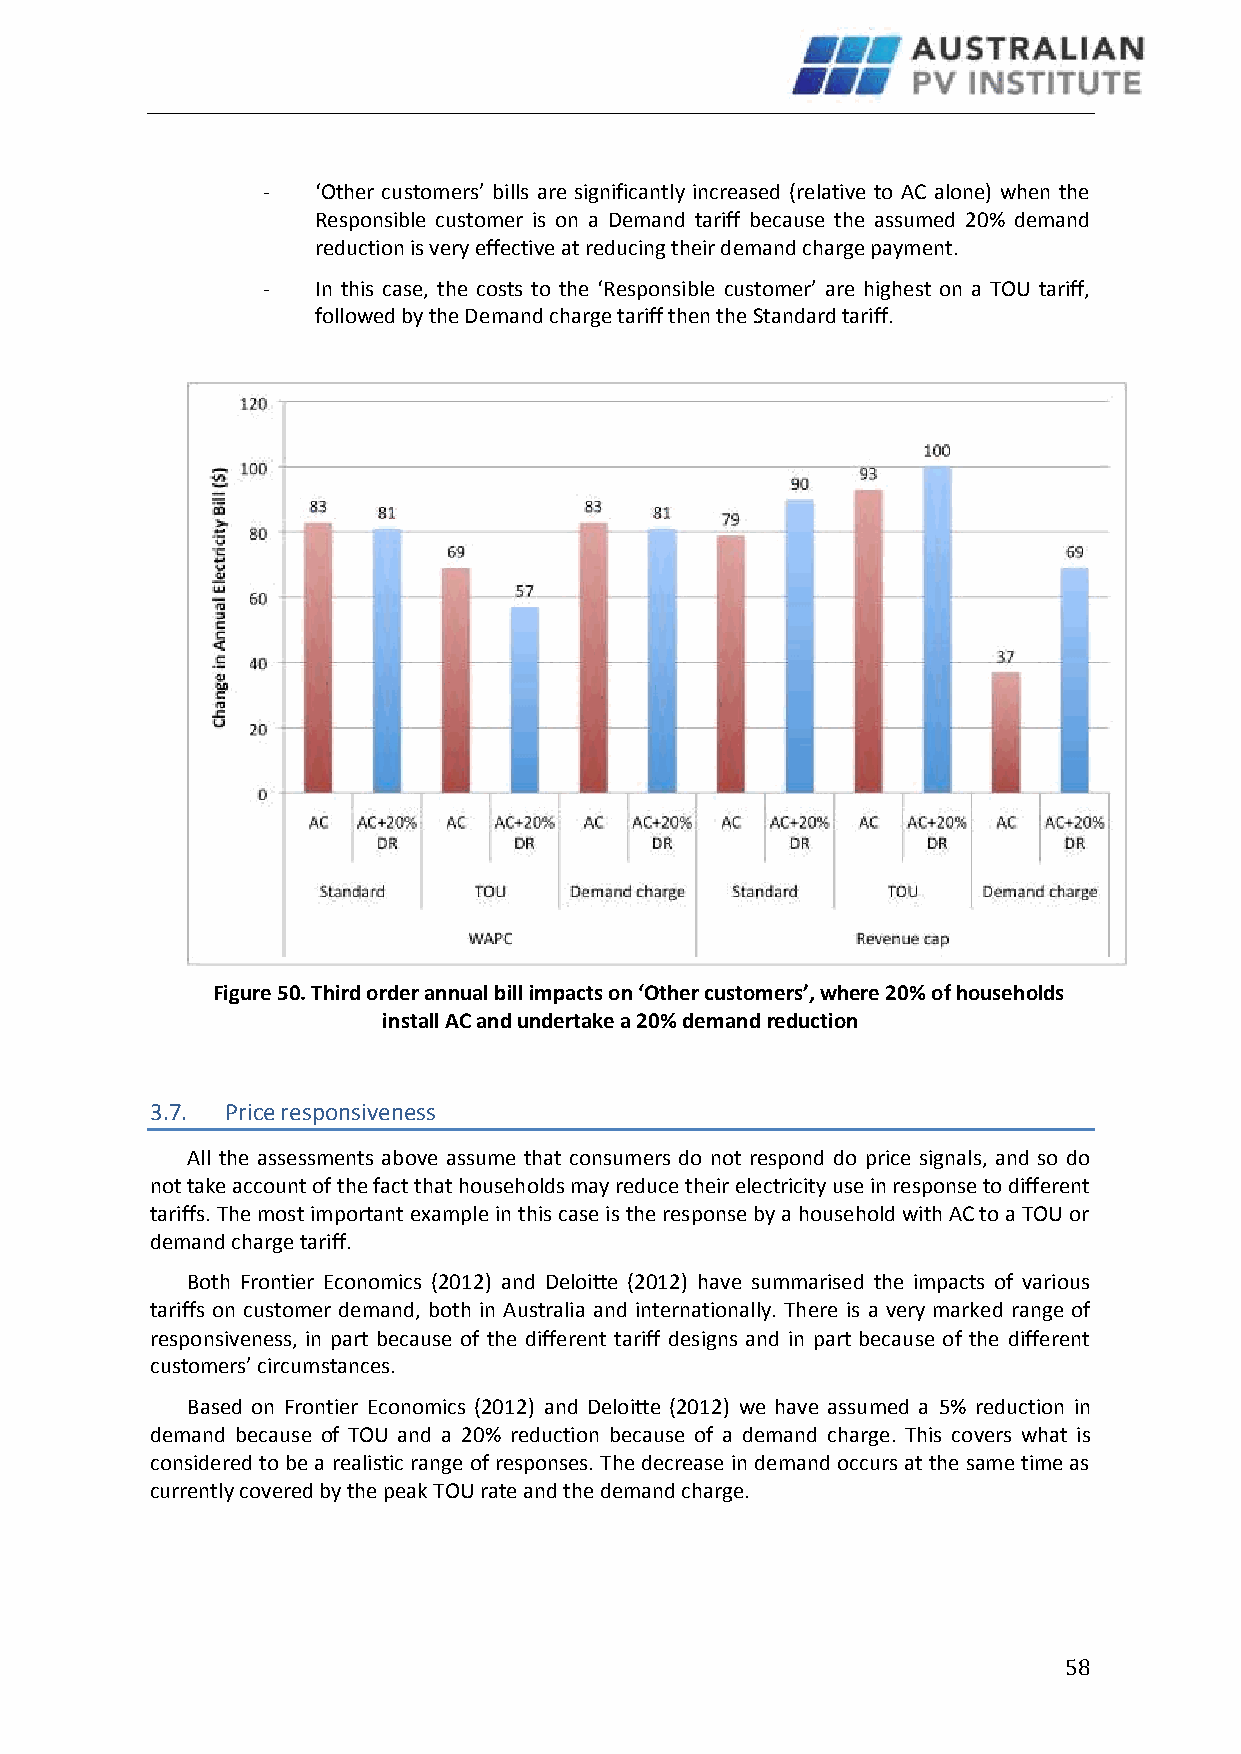
-   ‘Other customers’ bills are significantly increased (relative to AC alone) when the
 Responsible customer is on a Demand tariff because the assumed 20% demand
 reduction is very effective at reducing their demand charge payment.
 -   In this case, the costs to the ‘Responsible customer’ are highest on a TOU tariff,
 followed by the Demand charge tariff then the Standard tariff.
 Figure 50. Third order annual bill impacts on ‘Other customers’, where 20% of households
 install AC and undertake a 20% demand reduction
 3.7. Price responsiveness
 All the assessments above assume that consumers do not respond do price signals, and so do
 not take account of the fact that households may reduce their electricity use in response to different
 tariffs. The most important example in this case is the response by a household with AC to a TOU or
 demand charge tariff.
 Both Frontier Economics (2012) and Deloitte (2012) have summarised the impacts of various
 tariffs on customer demand, both in Australia and internationally. There is a very marked range of
 responsiveness, in part because of the different tariff designs and in part because of the different
 customers’ circumstances.
 Based on Frontier Economics (2012) and Deloitte (2012) we have assumed a 5% reduction in
 demand because of TOU and a 20% reduction because of a demand charge. This covers what is
 considered to be a realistic range of responses. The decrease in demand occurs at the same time as
 currently covered by the peak TOU rate and the demand charge.
 58